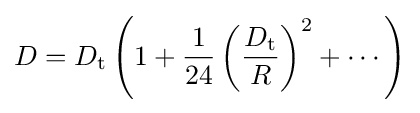
D=D_{\textrm {t}}\left(1+{\frac {1}{24}}\left({\frac {D_{\textrm {t}}}{R}}\right)^{2}+\cdots \right)